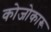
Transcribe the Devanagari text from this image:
कोजोकारू